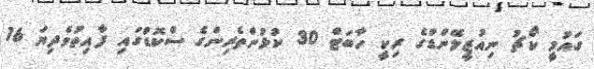
ގައުމީ ކޯޗު ނިއުޒީލޭންޑްގެ ރިކީ ހާބަޓް 30 ކުޅުންތެރިންގެ ސްކޮޑުގައި ފާއިތުވެދިޔަ 16